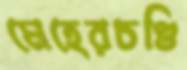
মেহেরচণ্ডি